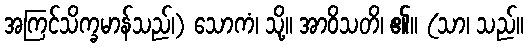
အကြင်သိက္ခမာန်သည်၊) သောကံ၊ သို့။ အာဝိသတိ၊ ၏။ (သာ၊ သည်။